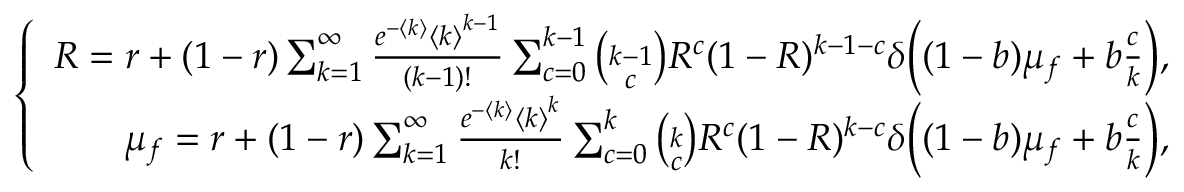
\left\{ \begin{array} { r } { R = r + ( 1 - r ) \sum _ { k = 1 } ^ { \infty } \frac { e ^ { - \langle k \rangle } { \langle k \rangle } ^ { k - 1 } } { ( k - 1 ) ! } \sum _ { c = 0 } ^ { k - 1 } \binom { k - 1 } { c } R ^ { c } ( 1 - R ) ^ { k - 1 - c } \delta \Big ( ( 1 - b ) \mu _ { f } + b \frac { c } { k } \Big ) , } \\ { \mu _ { f } = r + ( 1 - r ) \sum _ { k = 1 } ^ { \infty } \frac { e ^ { - \langle k \rangle } { \langle k \rangle } ^ { k } } { k ! } \sum _ { c = 0 } ^ { k } \binom { k } { c } R ^ { c } ( 1 - R ) ^ { k - c } \delta \Big ( ( 1 - b ) \mu _ { f } + b \frac { c } { k } \Big ) , } \end{array} \right.